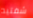
شفتيه